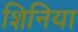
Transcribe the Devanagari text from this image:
शिनिया